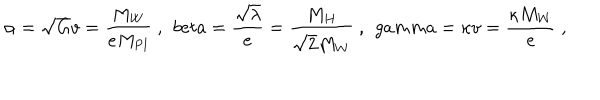
LaTeX: \alpha = \sqrt { G } v = \frac { M _ { W } } { e M _ { \mathrm { P l } } } \ , \ \, b e t a = \frac { \sqrt { \lambda } } { e } = \frac { M _ { H } } { \sqrt { 2 } M _ { W } } \ , \ \, g a m m a = \kappa v = \frac { \kappa M _ { W } } { e } \ ,